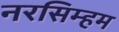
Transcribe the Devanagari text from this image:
नरसिम्हम